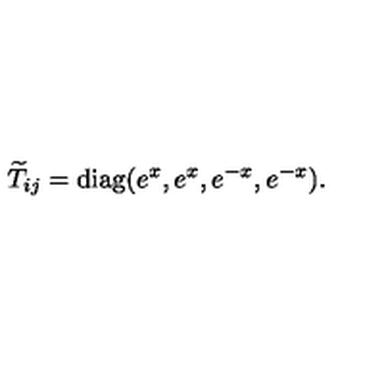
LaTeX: { \widetilde T } _ { i j } = \mathrm { d i a g } ( e ^ { x } , e ^ { x } , e ^ { - x } , e ^ { - x } ) .